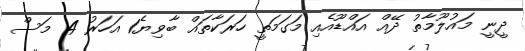
ދީނީ މައުލޫމާތު ދޭއް އައްޑޫއެއި މަގަމަތީ ހަރަކާތައް ބާވިޔެ1 އަހަރު 4 މަސް